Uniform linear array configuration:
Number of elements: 48
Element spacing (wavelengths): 1
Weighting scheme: blackman
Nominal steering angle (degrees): -45
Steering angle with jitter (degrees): -44.554
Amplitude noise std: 0.05
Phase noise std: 0.05

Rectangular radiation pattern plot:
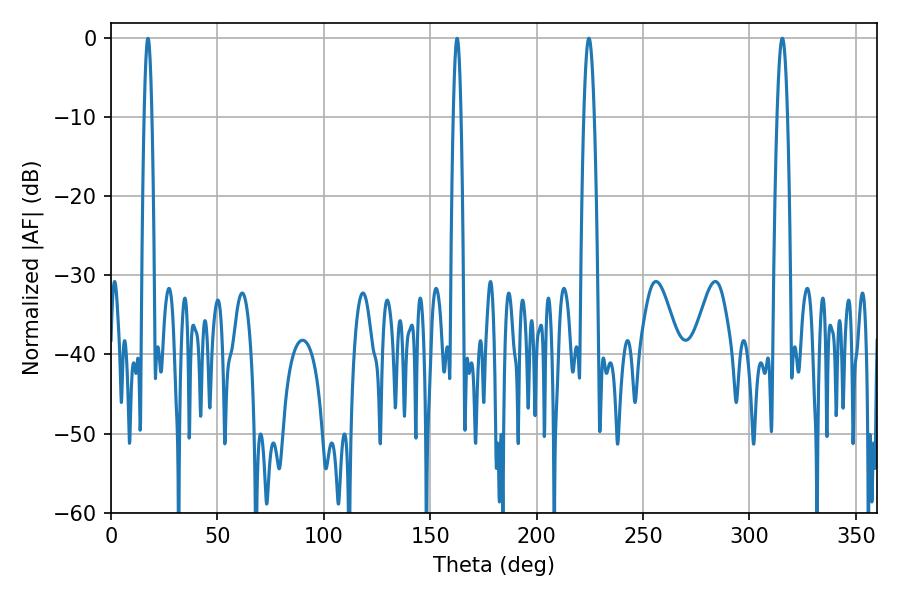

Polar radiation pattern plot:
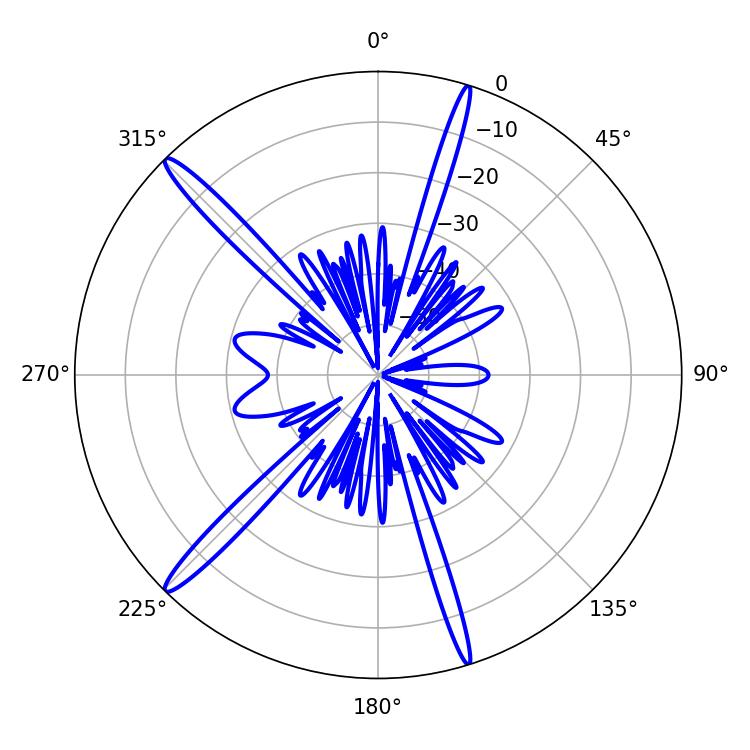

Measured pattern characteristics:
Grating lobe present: TRUE
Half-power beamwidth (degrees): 2.7
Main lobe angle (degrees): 315.36